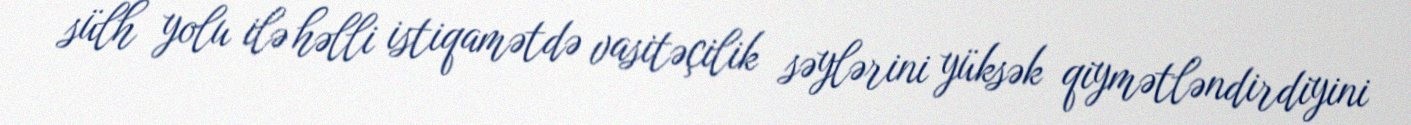
sülh yolu ilə həlli istiqamətdə vasitəçilik səylərini yüksək qiymətləndirdiyini